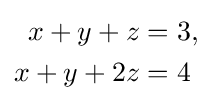
{\begin{aligned}x+y+z&=3,\\x+y+2z&=4\end{aligned}}